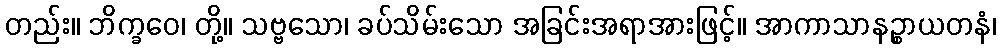
တည်း။ ဘိက္ခဝေ၊ တို့။ သဗ္ဗသော၊ ခပ်သိမ်းသော အခြင်းအရာအားဖြင့်။ အာကာသာနဉ္စာယတနံ၊